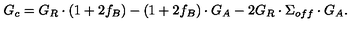
G _ { c } = G _ { R } \cdot ( 1 + 2 f _ { B } ) - ( 1 + 2 f _ { B } ) \cdot G _ { A } - 2 G _ { R } \cdot \Sigma _ { o f f } \cdot G _ { A } .